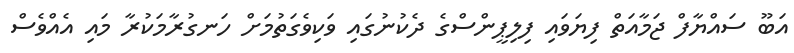
އަބޫ ސައްޔާފް ޖަމާއަތް ފިޔަވައި ފިލިޕީންސްގެ ދެކުނުގައި ވަކިވެގަތުމަށް ހަނގުރާމަކުރާ މައި އެއްވެސް